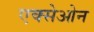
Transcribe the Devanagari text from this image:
एक्सेओन